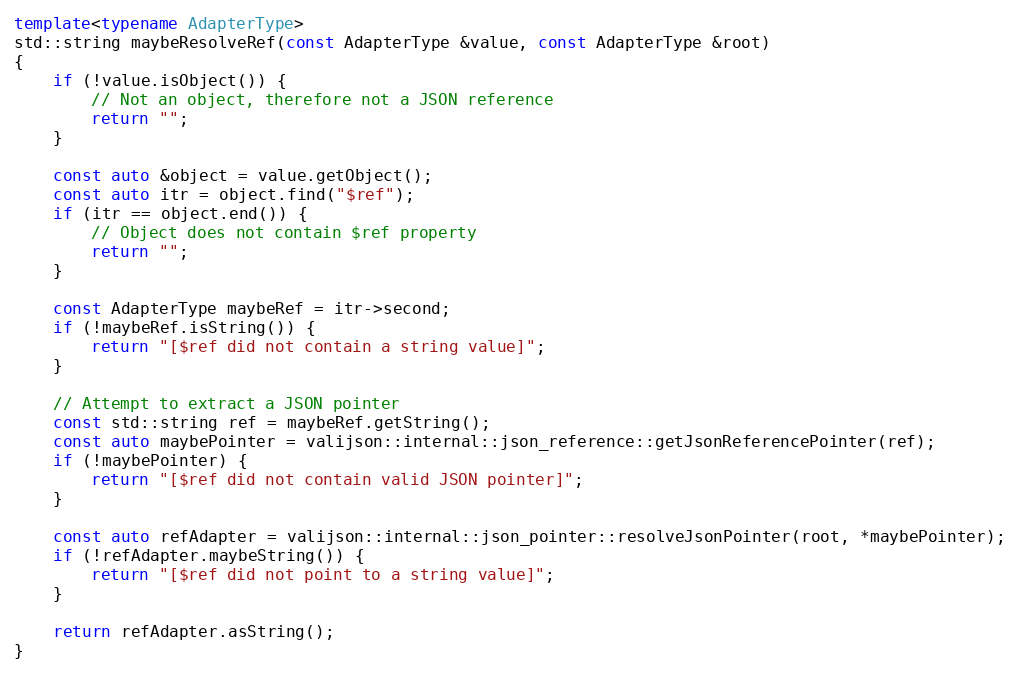
Language: C++
template<typename AdapterType>
std::string maybeResolveRef(const AdapterType &value, const AdapterType &root)
{
    if (!value.isObject()) {
        // Not an object, therefore not a JSON reference
        return "";
    }

    const auto &object = value.getObject();
    const auto itr = object.find("$ref");
    if (itr == object.end()) {
        // Object does not contain $ref property
        return "";
    }

    const AdapterType maybeRef = itr->second;
    if (!maybeRef.isString()) {
        return "[$ref did not contain a string value]";
    }

    // Attempt to extract a JSON pointer
    const std::string ref = maybeRef.getString();
    const auto maybePointer = valijson::internal::json_reference::getJsonReferencePointer(ref);
    if (!maybePointer) {
        return "[$ref did not contain valid JSON pointer]";
    }

    const auto refAdapter = valijson::internal::json_pointer::resolveJsonPointer(root, *maybePointer);
    if (!refAdapter.maybeString()) {
        return "[$ref did not point to a string value]";
    }

    return refAdapter.asString();
}